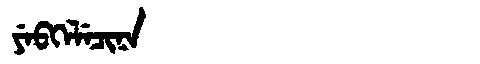
Manchu: ᠶᡝᠪᡴᡝᠯᡝᠴᡳᠨᠠ
Romanization: YEBKELECINA